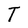
Character: T